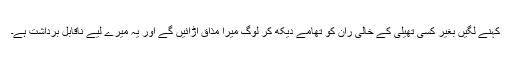
کہنے لگیں بغیر کسی تھیلی کے خالی ران کو تھامے دیکھ کر لوگ میرا مذاق اڑائیں گے اور یہ میرے لیے ناقابل برداشت ہے۔